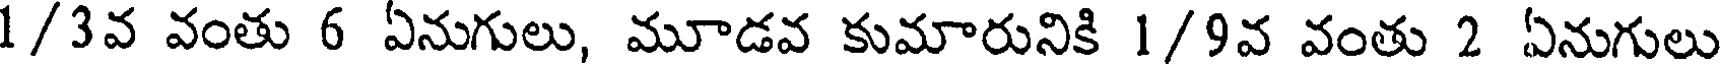
1/3వ వంతు 6 ఏనుగులు, మూడవ కుమారునికి 1/9వ వంతు 2 ఏనుగులు